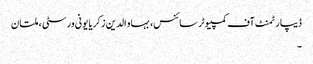
ڈیپارٹمنٹ آف کمپیوٹر سائنس، بہاو الدین زکریا یونی ورسٹی ، ملتان
۔